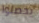
يحصلوا